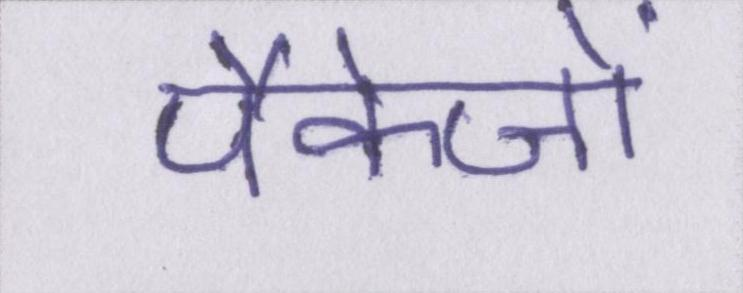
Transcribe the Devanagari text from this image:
पैकेजों